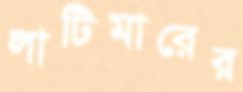
লাটিমারের